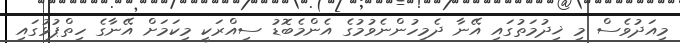
މިއަދުވެސް މި ޚިދުމަތުގައި އޭނާ ދެމިހުންނެވުމުގެ އެންމެބޮޑު ސިއްރަކީ މިކަމަށް އޭނާގެ ހިތްޕުޅުގައި